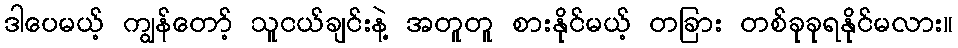
ဒါပေမယ့် ကျွန်တော့် သူငယ်ချင်းနဲ့ အတူတူ စားနိုင်မယ့် တခြား တစ်ခုခုရနိုင်မလား။